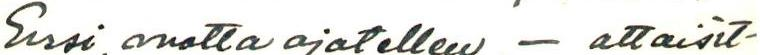
Ensi vuotta ajatellen, - ottaisit-